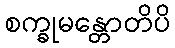
စက္ခုမန္တောတိပိ